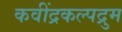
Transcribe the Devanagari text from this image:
कवींद्रकल्पद्रुम